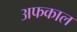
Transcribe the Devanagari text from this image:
अफकाल